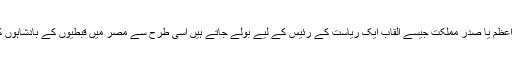
جس طرح ممالک میں وزیر اعظم یا صدرِ مملکت جیسے القاب ایک ریاست کے رئیس کے لیے بولے جاتے ہیں اسی طرح سے مصر میں قبطیوں کے بادشاہوں کے لیے فرعون بولا جاتا تھا۔